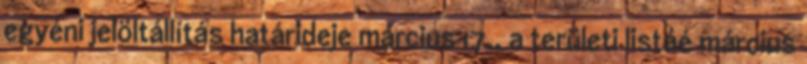
egyéni jelöltállítás határideje március 17., a területi listáé március